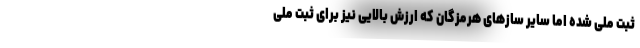
ثبت ملی شده اما سایر سازهای هرمزگان که ارزش بالایی نیز برای ثبت ملی